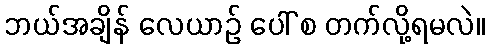
ဘယ်အချိန် လေယာဉ် ပေါ် စ တက်လို့ရမလဲ။